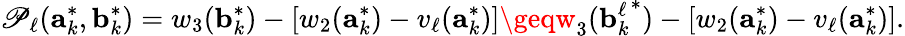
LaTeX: \mathscr{P}_{\ell}(\mathbf{{a}}_{k}^{*},\mathbf{{b}}_{k}^{*})=w_{3}(\mathbf{{b}}_{k}^{*})-\left[w_{2}(\mathbf{{a}}_{k}^{*})-v_{\ell}(\mathbf{{a}}_{k}^{*})\right]\geqw_{3}({\mathbf{{b}}_{k}^{\ell}}^{*})-\left[w_{2}(\mathbf{{a}}_{k}^{*})-v_{\ell}(\mathbf{{a}}_{k}^{*})\right].